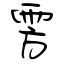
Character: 雱